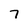
Character: 7